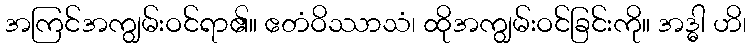
အကြင်အကျွမ်းဝင်ရာ၏။ ဧတံဝိဿာသံ၊ ထိုအကျွမ်းဝင်ခြင်းကို။ အဒ္ဓါ ဟိ၊